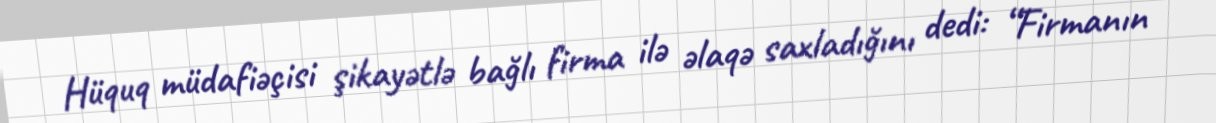
Hüquq müdafiəçisi şikayətlə bağlı firma ilə əlaqə saxladığını dedi: “Firmanın